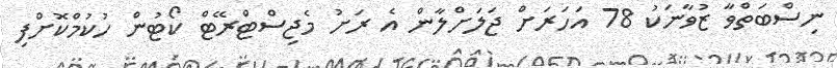
ނިސްބަތްވާ ޒުވާނަކު 78 އަހަރަށް ޖަލަށްލާން އެ ރަށު މެޖިސްޓްރޭޓް ކޯޓުން ހުކުމްކޮށްފި